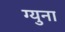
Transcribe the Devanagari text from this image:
ग्युना